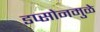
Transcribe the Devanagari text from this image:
डप्सोनमुळे